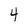
Character: 4